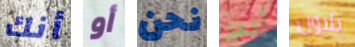
أنك أو نحن أشفق بليون